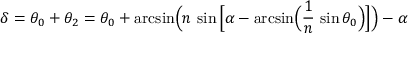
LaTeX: \delta = \theta _ { 0 } + \theta _ { 2 } = \theta _ { 0 } + { \mathrm { a r c s i n } } { \Big ( } n \, \sin { \Big [ } \alpha - { \mathrm { a r c s i n } } { \Big ( } { \frac { 1 } { n } } \, \sin \theta _ { 0 } { \Big ) } { \Big ] } { \Big ) } - \alpha